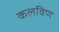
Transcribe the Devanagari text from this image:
कलविण